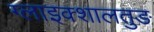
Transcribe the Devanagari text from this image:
ग्लाइक्शालतुङ